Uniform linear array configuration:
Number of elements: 64
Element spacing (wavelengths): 1
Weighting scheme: kaiser
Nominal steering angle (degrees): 0
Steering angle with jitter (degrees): -1.629
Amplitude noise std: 0.05
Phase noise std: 0.05

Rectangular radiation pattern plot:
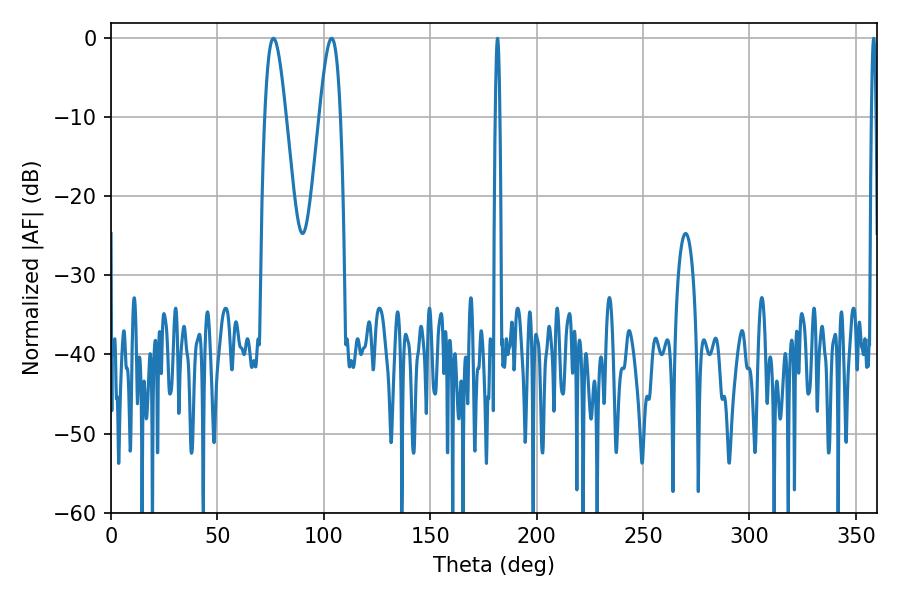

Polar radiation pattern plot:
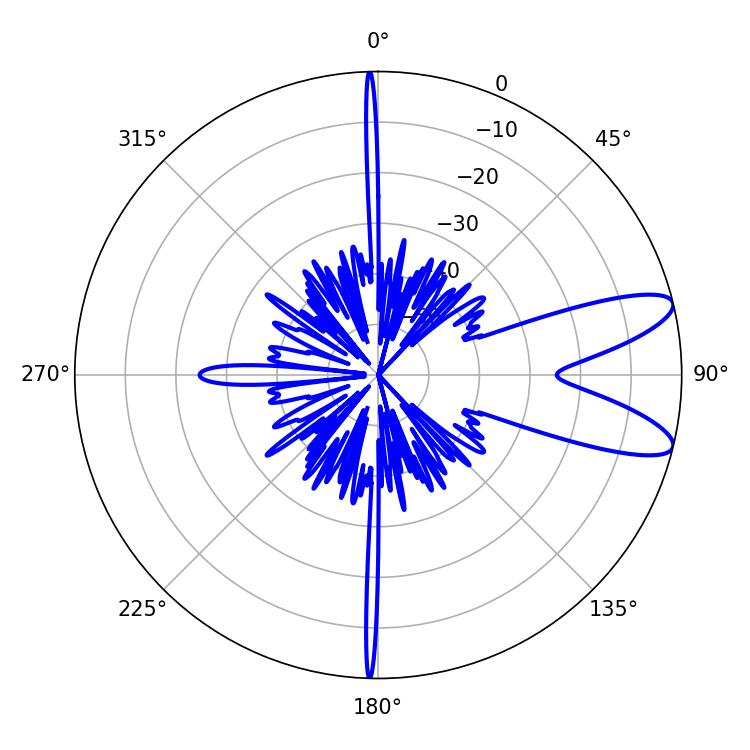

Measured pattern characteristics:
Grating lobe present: TRUE
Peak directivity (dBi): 10.002
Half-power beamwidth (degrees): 5.22
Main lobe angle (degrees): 103.68